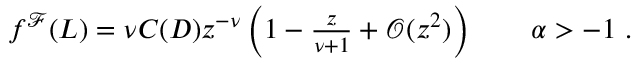
\begin{array} { r } { f ^ { \mathcal { F } } ( L ) = \nu C ( D ) z ^ { - \nu } \left( 1 - \frac { z } { \nu + 1 } + \mathcal { O } ( z ^ { 2 } ) \right) \qquad \alpha > - 1 \ . } \end{array}